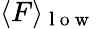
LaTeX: \langle F\rangle_{\mathrm{~l~o~w~}}